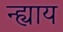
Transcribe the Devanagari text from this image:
न्ह्याय